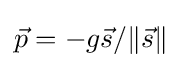
{\vec {p}}=-g{\vec {s}}/\|{\vec {s}}\|\,\!